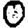
Digit: 0